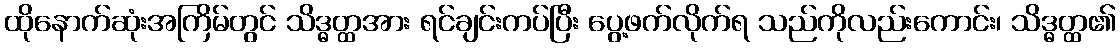
ထိုနောက်ဆုံးအကြိမ်တွင် သိဒ္ဓတ္ထအား ရင်ချင်းကပ်ပြီး ပွေ့ဖက်လိုက်ရ သည်ကိုလည်းကောင်း၊ သိဒ္ဓတ္ထ၏